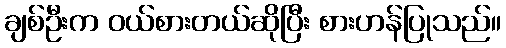
ချစ်ဦးက ဝယ်စားတယ်ဆိုပြီး စားဟန်ပြုသည်။